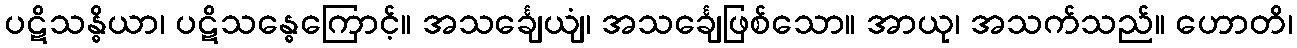
ပဋိသန္ဓိယာ၊ ပဋိသန္ဓေကြောင့်။ အသင်္ချေယျံ၊ အသင်္ချေဖြစ်သော။ အာယု၊ အသက်သည်။ ဟောတိ၊